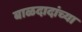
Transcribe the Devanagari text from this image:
बाळदादांच्या